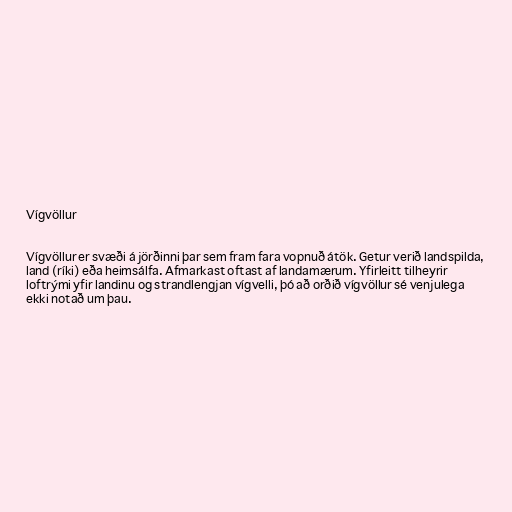
Vígvöllur

Vígvöllur er svæði á jörðinni þar sem fram fara vopnuð átök. Getur verið landspilda,
land (ríki) eða heimsálfa. Afmarkast oftast af landamærum. Yfirleitt tilheyrir
loftrými yfir landinu og strandlengjan vígvelli, þó að orðið vígvöllur sé venjulega
ekki notað um þau.